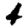
Digit: 4